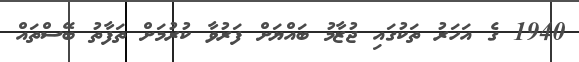
1940 ގެ އަހަރު ތަކުގައި ޖުޒާމު ބައްޔަށް ފަރުވާ ކުރުމަށް ތަފާތު ބޭސްތައް